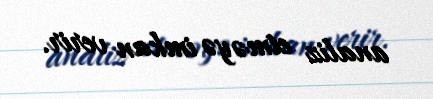
analiz etməyə imkan verir.